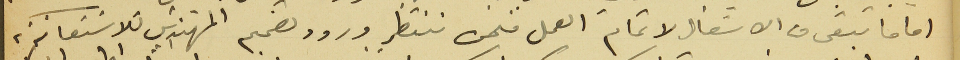
اما ما تبقى من الاشغال لاتمام العمل فنحن ننتظر ورود تصميم المهندس للاسَتعانة